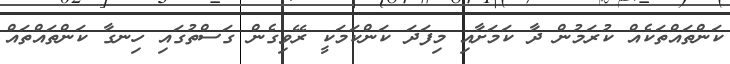
ކަންތައްތަކެއް ކުރަމުން ދާ ކަމަށާއި މިފަދަ ކަންކަމަކީ ރޭވިގެން ގަސްތުގައި ހިނގާ ކަންތައްތައް